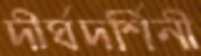
দীর্ঘদর্শিনী